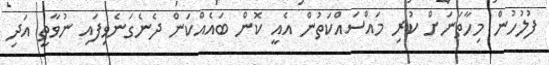
ފުލުހުން މިހާތަނަށް ކުރި މައްސައްކަތުން އެއީ ކޮން ބައެއްކަން ދެނެގަނެވިފައި ނުވާތީ އަދި